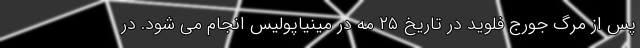
پس از مرگ جورج فلوید در تاریخ ۲۵ مه در مینیاپولیس انجام می شود. در